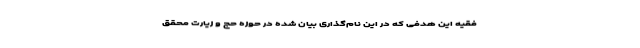
فقیه این هدفی که در این نام‌گذاری بیان شده در حوزه حج و زیارت محقق